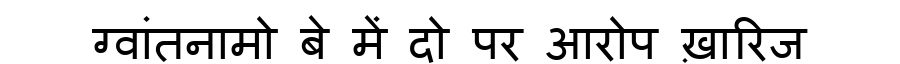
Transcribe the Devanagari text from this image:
ग्वांतनामो बे में दो पर आरोप ख़ारिज